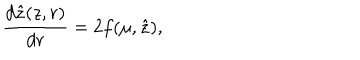
\frac { d \hat { z } ( z , r ) } { d r } = 2 f ( \mu , \hat { z } ) ,